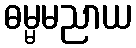
ဓမ္မမညာယ